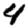
Digit: 4